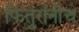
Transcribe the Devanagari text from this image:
फितुरांनीच